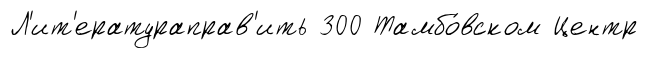
Л'ит'ератураправ'ить 300 Тамбо́вском Центр